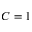
C = 1